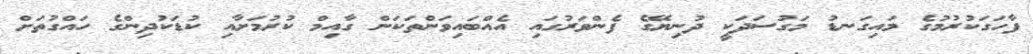
ފާހަގަކުރުމުގެ މައިގަނޑު މަގުސަދަކީ ދުނިޔޭގެ ފެންވަރުގައި އެއްބައިވަންތަކަން ގާއިމް ކުރުމަށާއި ކުޑަކުދިންގެ ހައްގުތަށް